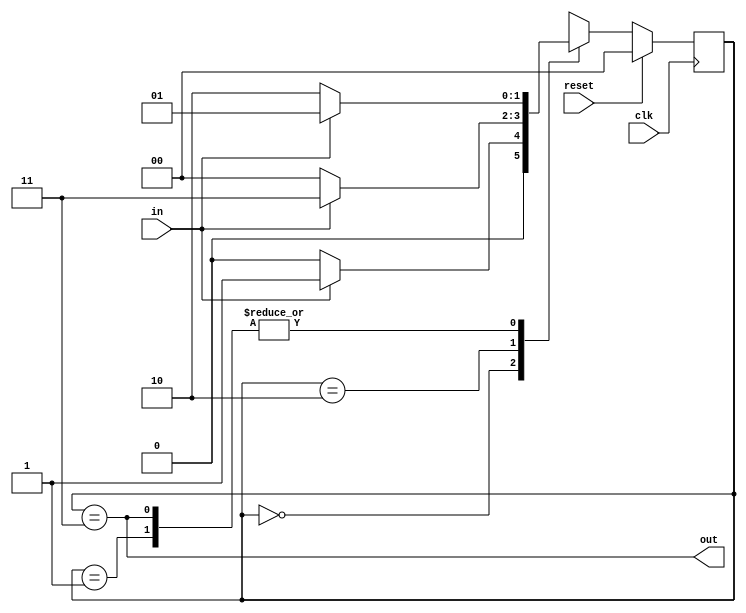
module top_module (
    input                   clk     ,
    input                   in      ,
    input                   reset   ,
    output                  out     
);

    parameter   A = 0, B = 1, C = 2, D = 3;

    reg             [1 : 0] curr_state, next_state;

    always @ (posedge clk) begin
        if (reset)  curr_state <= A;
        else        curr_state <= next_state;
    end

    always @ (*) begin
        case (curr_state) 
            A : next_state = in ? B : A;
            B : next_state = in ? B : C;
            C : next_state = in ? D : A;
            D : next_state = in ? B : C;
        endcase
    end

    assign out = (curr_state == D);
    
endmodule